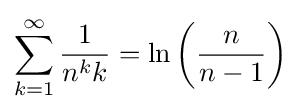
\sum _{k=1}^{\infty }{\frac {1}{n^{k}k}}=\ln \left({\frac {n}{n-1}}\right)